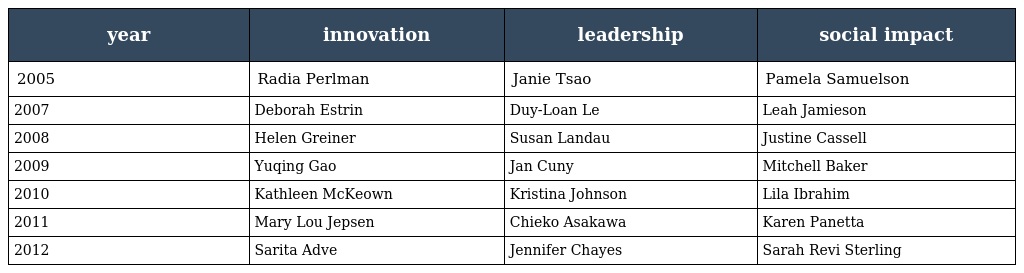
| year | innovation | leadership | social impact |
 | --- | --- | --- | --- |
 | 2005 | Radia Perlman | Janie Tsao | Pamela Samuelson |
 | 2007 | Deborah Estrin | Duy-Loan Le | Leah Jamieson |
 | 2008 | Helen Greiner | Susan Landau | Justine Cassell |
 | 2009 | Yuqing Gao | Jan Cuny | Mitchell Baker |
 | 2010 | Kathleen McKeown | Kristina Johnson | Lila Ibrahim |
 | 2011 | Mary Lou Jepsen | Chieko Asakawa | Karen Panetta |
 | 2012 | Sarita Adve | Jennifer Chayes | Sarah Revi Sterling |